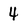
Character: 4